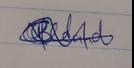
Signature authenticity: genuine